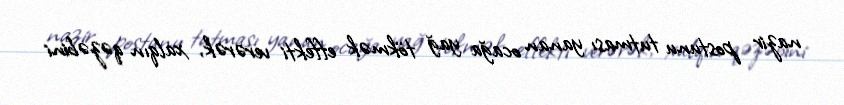
nazir postunu tutması yanan ocağa yağ tökmək effekti verərək, xalqın qəzəbini